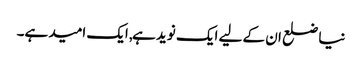
نیا ضلع ان کے لیے ایک نوید ہے, ایک امید ہے۔